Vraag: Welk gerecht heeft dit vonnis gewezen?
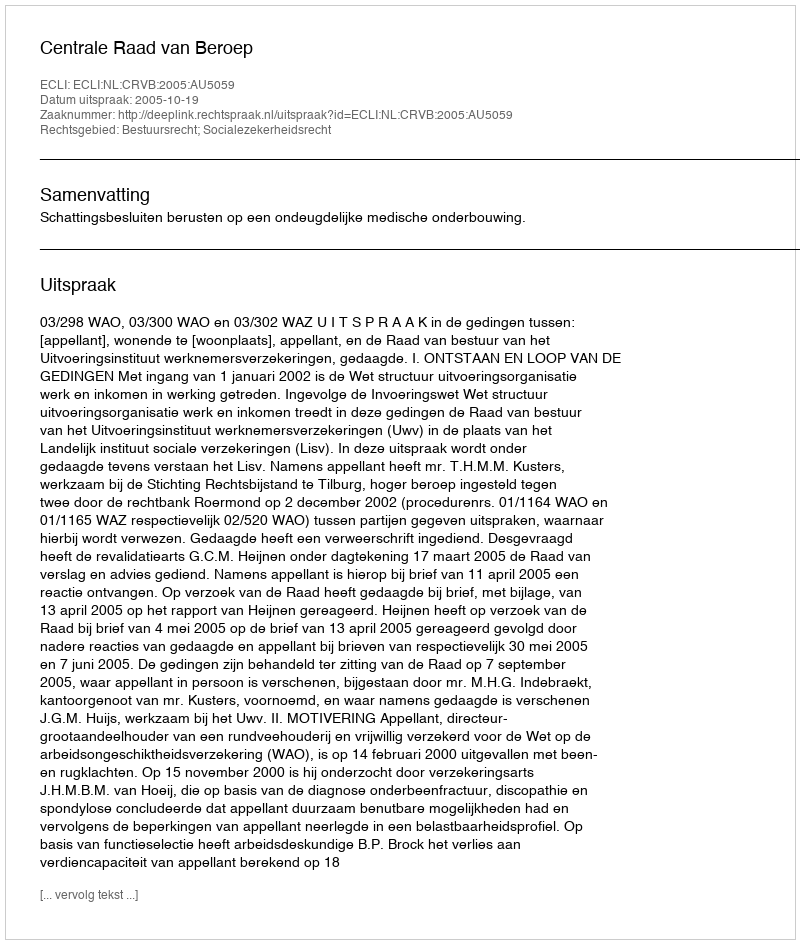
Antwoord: Centrale Raad van Beroep